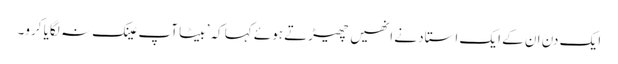
ایک دن ان کے ایک استاد نے انھیں چھیڑتے ہوئے کہا کہ’ بیٹا آپ عینک نہ لگایا کرو۔